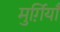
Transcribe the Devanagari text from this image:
मुर्ग़ियाँ